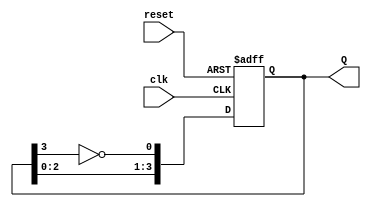
module JohnsonCounter (
    input wire clk,      // Clock input
    input wire reset,    // Reset input
    output reg [3:0] Q   // 4-bit output representing the counter state
);

    // Always block triggered on the rising edge of the clock or reset
    always @(posedge clk or posedge reset) begin
        if (reset) begin
            // Initialize the counter to 0 on reset
            Q <= 4'b0000;
        end else begin
            // Johnson Counter logic
            Q[0] <= ~Q[3]; // Inverted output of the last flip-flop
            Q[1] <= Q[0];  // Shift the value of Q[0] to Q[1]
            Q[2] <= Q[1];  // Shift the value of Q[1] to Q[2]
            Q[3] <= Q[2];  // Shift the value of Q[2] to Q[3]
        end
    end

endmodule